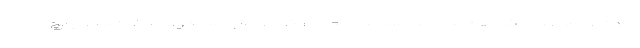
شده بود فصل پیش هم به دلیل مسائلی که از طرف خودش مشکل دراگان اسکوچیچ